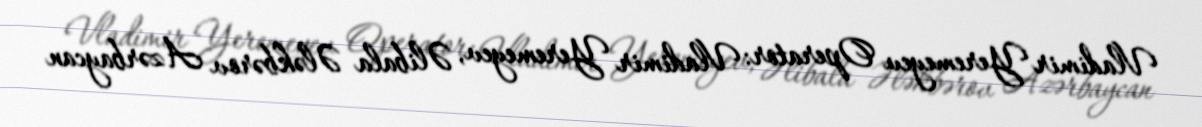
Vladimir Yeremeyev Operator: Vladimir Yeremeyev, Əlibala Ələkbərov Azərbaycan